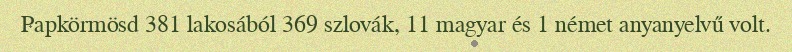
Papkörmösd 381 lakosából 369 szlovák, 11 magyar és 1 német anyanyelvű volt.